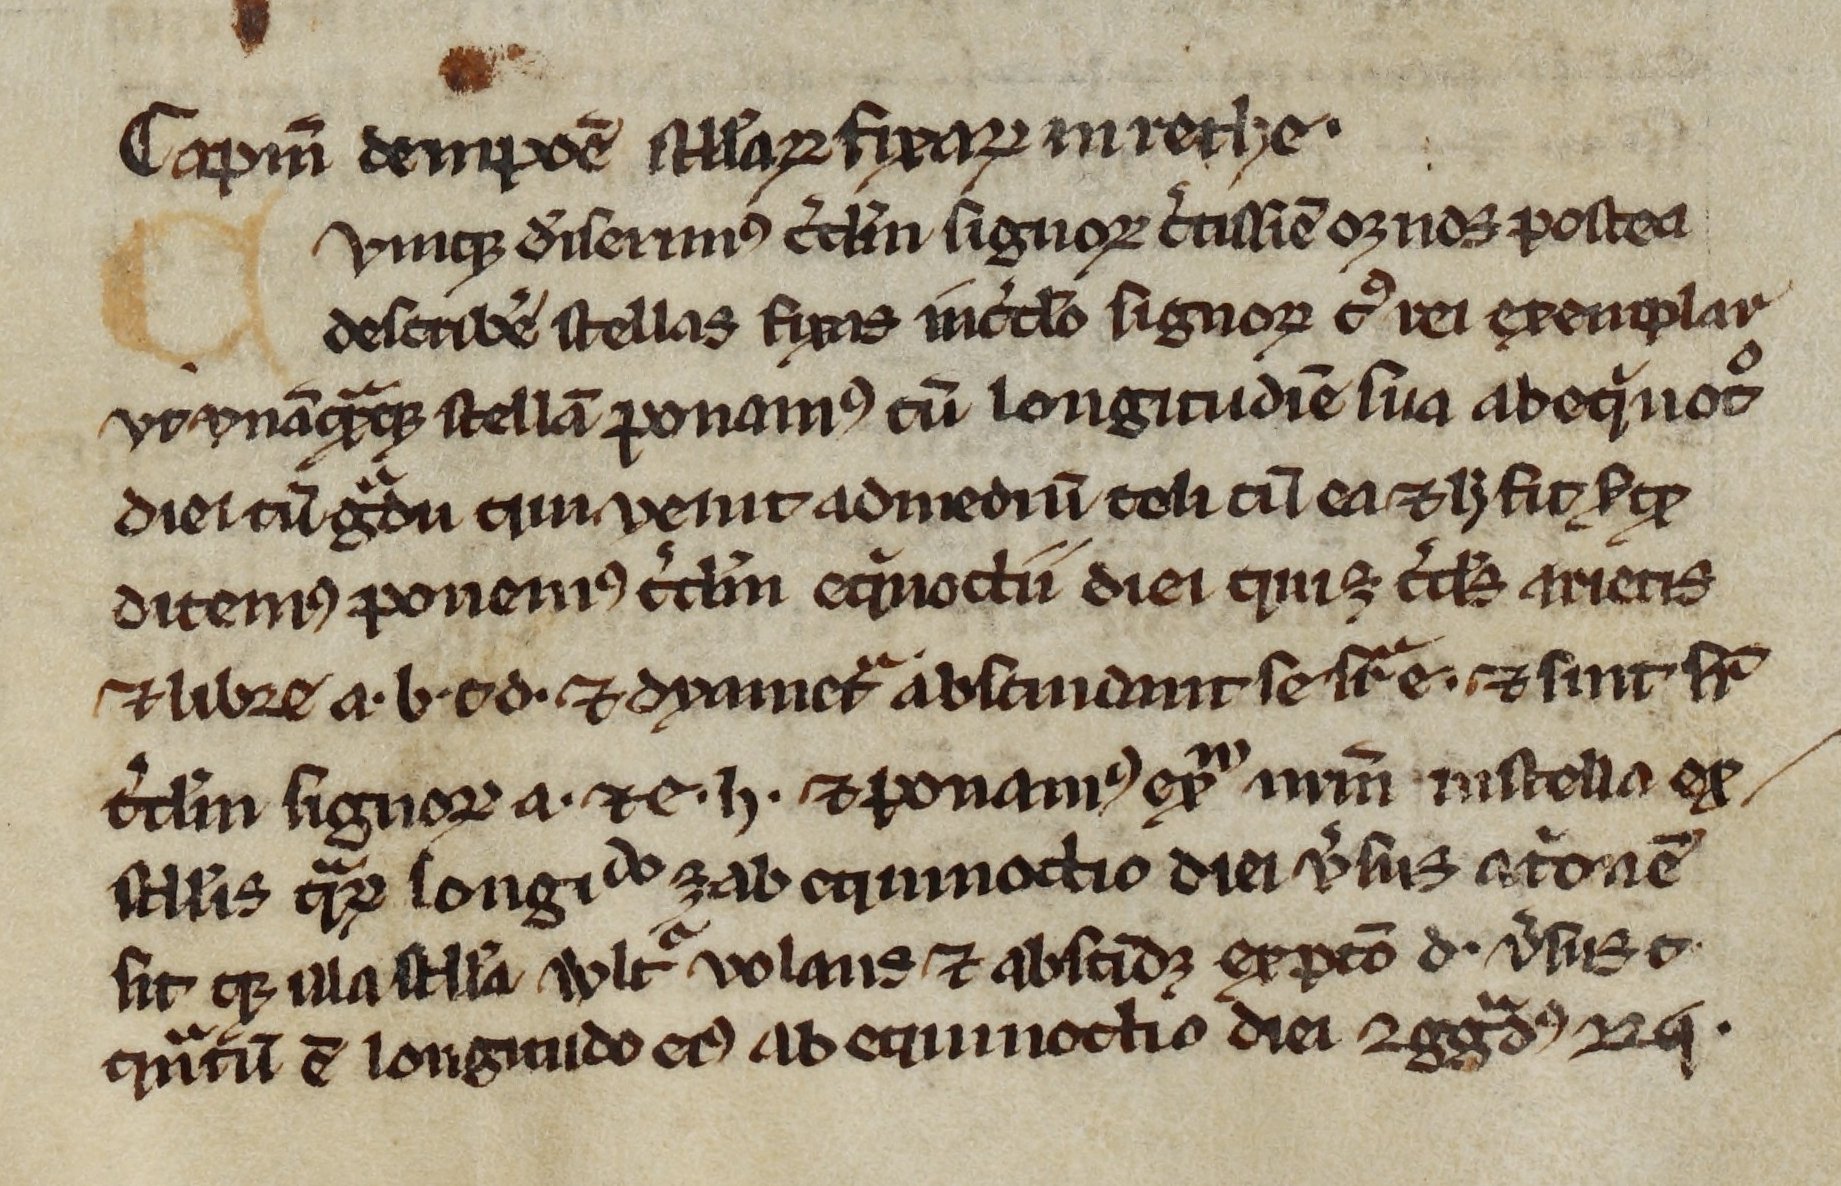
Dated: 1200–1399